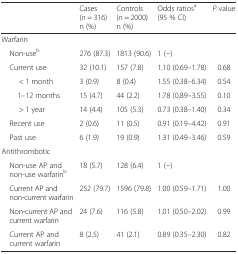
|  | Cases(n = 316)n (%) | Controls(n = 2000)n (%) | Odds ratiosa(95 % CI) | P value |
 | --- | --- | --- | --- | --- |
 | <COLSPAN=5> Warfarin |
 | Non-useb | 276 (87.3) | 1813 (90.6) | 1 (−) |  |
 | Current use | 32 (10.1) | 157 (7.8) | 1.10 (0.69–1.78) | 0.68 |
 | < 1 month | 3 (0.9) | 8 (0.4) | 1.55 (0.38–6.34) | 0.54 |
 | 1–12 months | 15 (4.7) | 44 (2.2) | 1.78 (0.89–3.55) | 0.10 |
 | > 1 year | 14 (4.4) | 105 (5.3) | 0.73 (0.38–1.40) | 0.34 |
 | Recent use | 2 (0.6) | 11 (0.5) | 0.91 (0.19–4.42) | 0.91 |
 | Past use | 6 (1.9) | 19 (0.9) | 1.31 (0.49–3.46) | 0.59 |
 | <COLSPAN=5> Antithrombotic |
 | Non-use AP and non-use warfarinb | 18 (5.7) | 128 (6.4) | 1 (−) |  |
 | Current AP and non-current warfarin | 252 (79.7) | 1596 (79.8) | 1.00 (0.59–1.71) | 1.00 |
 | Non-current AP and current warfarin | 24 (7.6) | 116 (5.8) | 1.01 (0.50–2.02) | 0.99 |
 | Current AP and current warfarin | 8 (2.5) | 41 (2.1) | 0.89 (0.35–2.30) | 0.82 |